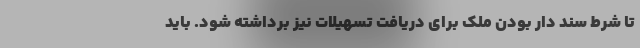
تا شرط سند دار بودن ملک برای دریافت تسهیلات نیز برداشته شود. باید